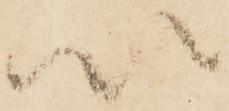
以